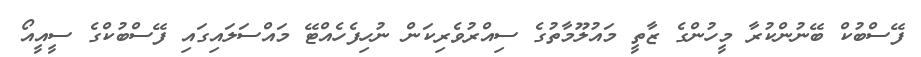
ފޭސްބުކް ބޭނުންކުރާ މީހުންގެ ޒާތީ މައުލޫމާތުގެ ސިއްރުވެރިކަން ނުހިފެހެއްޓޭ މައްސަލައިގައި ފޭސްބުކްގެ ސީއީއޯ